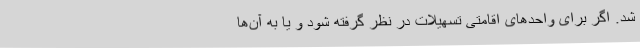
شد. اگر برای واحدهای اقامتی تسهیلات در نظر گرفته شود و یا به آن‌ها